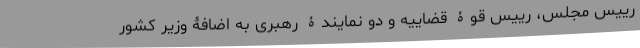
رییس مجلس، رییس قوۀ قضاییه و دو نمایندۀ رهبری به اضافۀ وزیر کشور